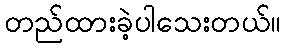
တည်ထားခဲ့ပါသေးတယ်။